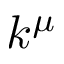
k ^ { \mu }